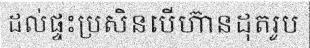
ដល់ផ្ទះប្រសិនបើហ៊ានដុតរូប